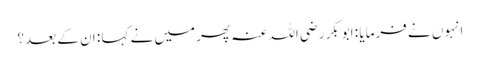
انہوں نے فرمایا : ابوبکر رضی اللہ عنہ پھر میں نے کہا : ان کے بعد؟